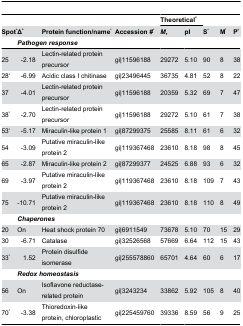
<table><thead><tr><td rowspan="2"><b>Spot<sup>a</sup></b></td><td rowspan="2"><b>Δ<sup>b</sup></b></td><td rowspan="2" colspan="2"><b>Protein function/name<sup>c</sup></b></td><td rowspan="2"><b>Accession #<sup>c</sup></b></td><td colspan="2"><b>Theoretical<sup>d</sup></b></td><td rowspan="2"><b>S<sup>e</sup></b></td><td rowspan="2"><b>M<sup>f</sup></b></td><td rowspan="2"><b>P<sup>g</sup></b></td></tr><tr><td><b><i>M</i><sub>r</sub></b></td><td><b>pI</b></td></tr><tr><td></td><td colspan="3"><b><i>Pathogen</i><i></i><i>response</i></b></td></tr></thead><tbody><tr><td>25</td><td>-2.18</td><td colspan="2">Lectin-related protein precursor</td><td>gi|11596188</td><td>29272</td><td>5.10</td><td>90</td><td>8</td><td>38</td></tr><tr><td>28<sup>h</sup></td><td>-6.99</td><td colspan="2">Acidic class I chitinase</td><td>gi|23496445</td><td>36735</td><td>4.81</td><td>52</td><td>8</td><td>22</td></tr><tr><td>37</td><td>-4.01</td><td colspan="2">Lectin-related protein precursor</td><td>gi|11596188</td><td>20359</td><td>5.32</td><td>69</td><td>7</td><td>47</td></tr><tr><td>38<sup>h</sup></td><td>-2.70</td><td colspan="2">Lectin-related protein precursor</td><td>gi|11596188</td><td>29272</td><td>5.10</td><td>61</td><td>7</td><td>38</td></tr><tr><td>53<sup>h</sup></td><td>-5.17</td><td colspan="2">Miraculin-like protein 1</td><td>gi|87299375</td><td>25585</td><td>8.11</td><td>61</td><td>6</td><td>32</td></tr><tr><td>54</td><td>-3.09</td><td colspan="2">Putative miraculin-like protein 2</td><td>gi|119367468</td><td>23610</td><td>8.18</td><td>98</td><td>8</td><td>45</td></tr><tr><td>65</td><td>-2.87</td><td colspan="2">Miraculin-like protein 2</td><td>gi|87299377</td><td>24525</td><td>6.88</td><td>93</td><td>6</td><td>32</td></tr><tr><td>69</td><td>-3.97</td><td colspan="2">Putative miraculin-like protein 2</td><td>gi|119367468</td><td>23610</td><td>8.18</td><td>109</td><td>7</td><td>43</td></tr><tr><td>75</td><td>-10.71</td><td colspan="2">Putative miraculin-like protein 2</td><td>gi|119367468</td><td>23610</td><td>8.18</td><td>110</td><td>8</td><td>49</td></tr><tr><td></td><td colspan="3"><b><i>Chaperones</i></b></td></tr><tr><td>20</td><td>On</td><td colspan="2">Heat shock protein 70</td><td>gi|6911549</td><td>73678</td><td>5.10</td><td>70</td><td>15</td><td>29</td></tr><tr><td>30</td><td>-6.71</td><td colspan="2">Catalase</td><td>gi|32526568</td><td>57669</td><td>6.64</td><td>112</td><td>15</td><td>43</td></tr><tr><td>33<sup>h</sup></td><td>1.52</td><td colspan="2">Protein disulfide isomerase</td><td>gi|255578860</td><td>65701</td><td>4.64</td><td>60</td><td>6</td><td>17</td></tr><tr><td></td><td colspan="3"><b><i>Redox</i><i></i><i>homeostasis</i></b></td></tr><tr><td>56</td><td>On</td><td colspan="2">Isoflavone reductase-related protein</td><td>gi|3243234</td><td>33862</td><td>5.92</td><td>105</td><td>8</td><td>40</td></tr><tr><td>70<sup>h</sup></td><td>-3.38</td><td colspan="2">Thioredoxin-like protein, chloroplastic</td><td>gi|225459760</td><td>39336</td><td>8.59</td><td>56</td><td>9</td><td>25</td></tr></tbody></table>